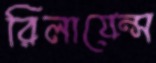
রিলায়েন্স